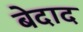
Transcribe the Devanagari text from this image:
बेदाद